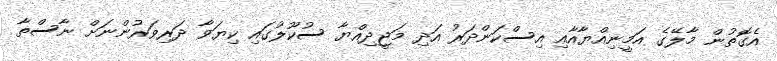
އެގޮތުން މާލޭގެ އަމީނިއްޔާއާއި އިސްކަންދަރު އަދި މަޖީދިއްޔާ ސުކޫލުގައި ކިޔަވާ ދަރިވަރުންނަށް ނާސްތާ